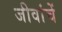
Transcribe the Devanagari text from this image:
जीवांचें